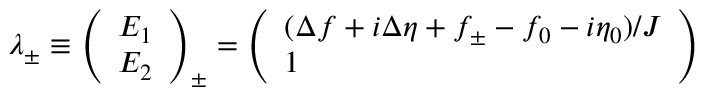
\lambda _ { \pm } \equiv \left( \begin{array} { l } { E _ { 1 } } \\ { E _ { 2 } } \end{array} \right) _ { \pm } = \left( \begin{array} { l } { ( \Delta f + i \Delta \eta + f _ { \pm } - f _ { 0 } - i \eta _ { 0 } ) / J } \\ { 1 } \end{array} \right)